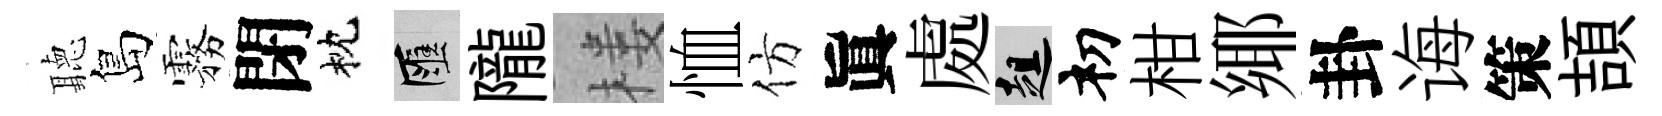
聽島霧閉枕匯隴楼恤仿眞處趄𥘉柑鄊卦诲策頡